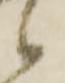
候